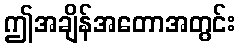
ဤအချိန်အတောအတွင်း